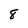
Character: 8